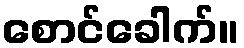
စောင်ခေါက်။